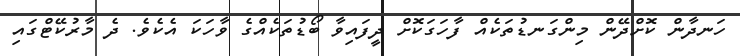
ހަނދާން ކޮށްދޭން މިންގަނޑުތަކެއް ފާހަގަކޮށް ދީފައިވާ ބޯޑުތަކެއްގެ ވާހަކަ އެކެވެ. ދެ މާރުކޭޓްގައި